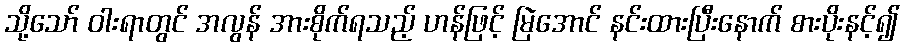
သို့သော် ဝါးရာတွင် အလွန် အားစိုက်ရသည့် ဟန်ဖြင့် မြဲအောင် နင်းထားပြီးနောက် စားပိုးနင့်၍